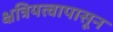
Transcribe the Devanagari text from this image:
क्षत्रियत्वापासून